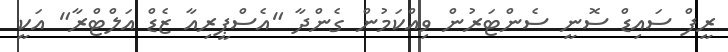
ރީފް ސައިޑް ސޮނީ ސެންޓަރުން ވިއްކަމުން ގެންދާ "އެސްޕީރިއާ ޒެޑް އަލްޓްރާ" އަކީ